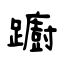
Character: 躕